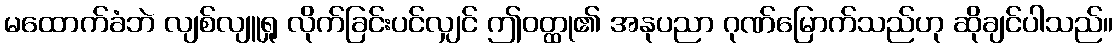
မထောက်ခံဘဲ လျစ်လျူရှု လိုက်ခြင်းပင်လျှင် ဤဝတ္ထု၏ အနုပညာ ဂုဏ်မြောက်သည်ဟု ဆိုချင်ပါသည်။